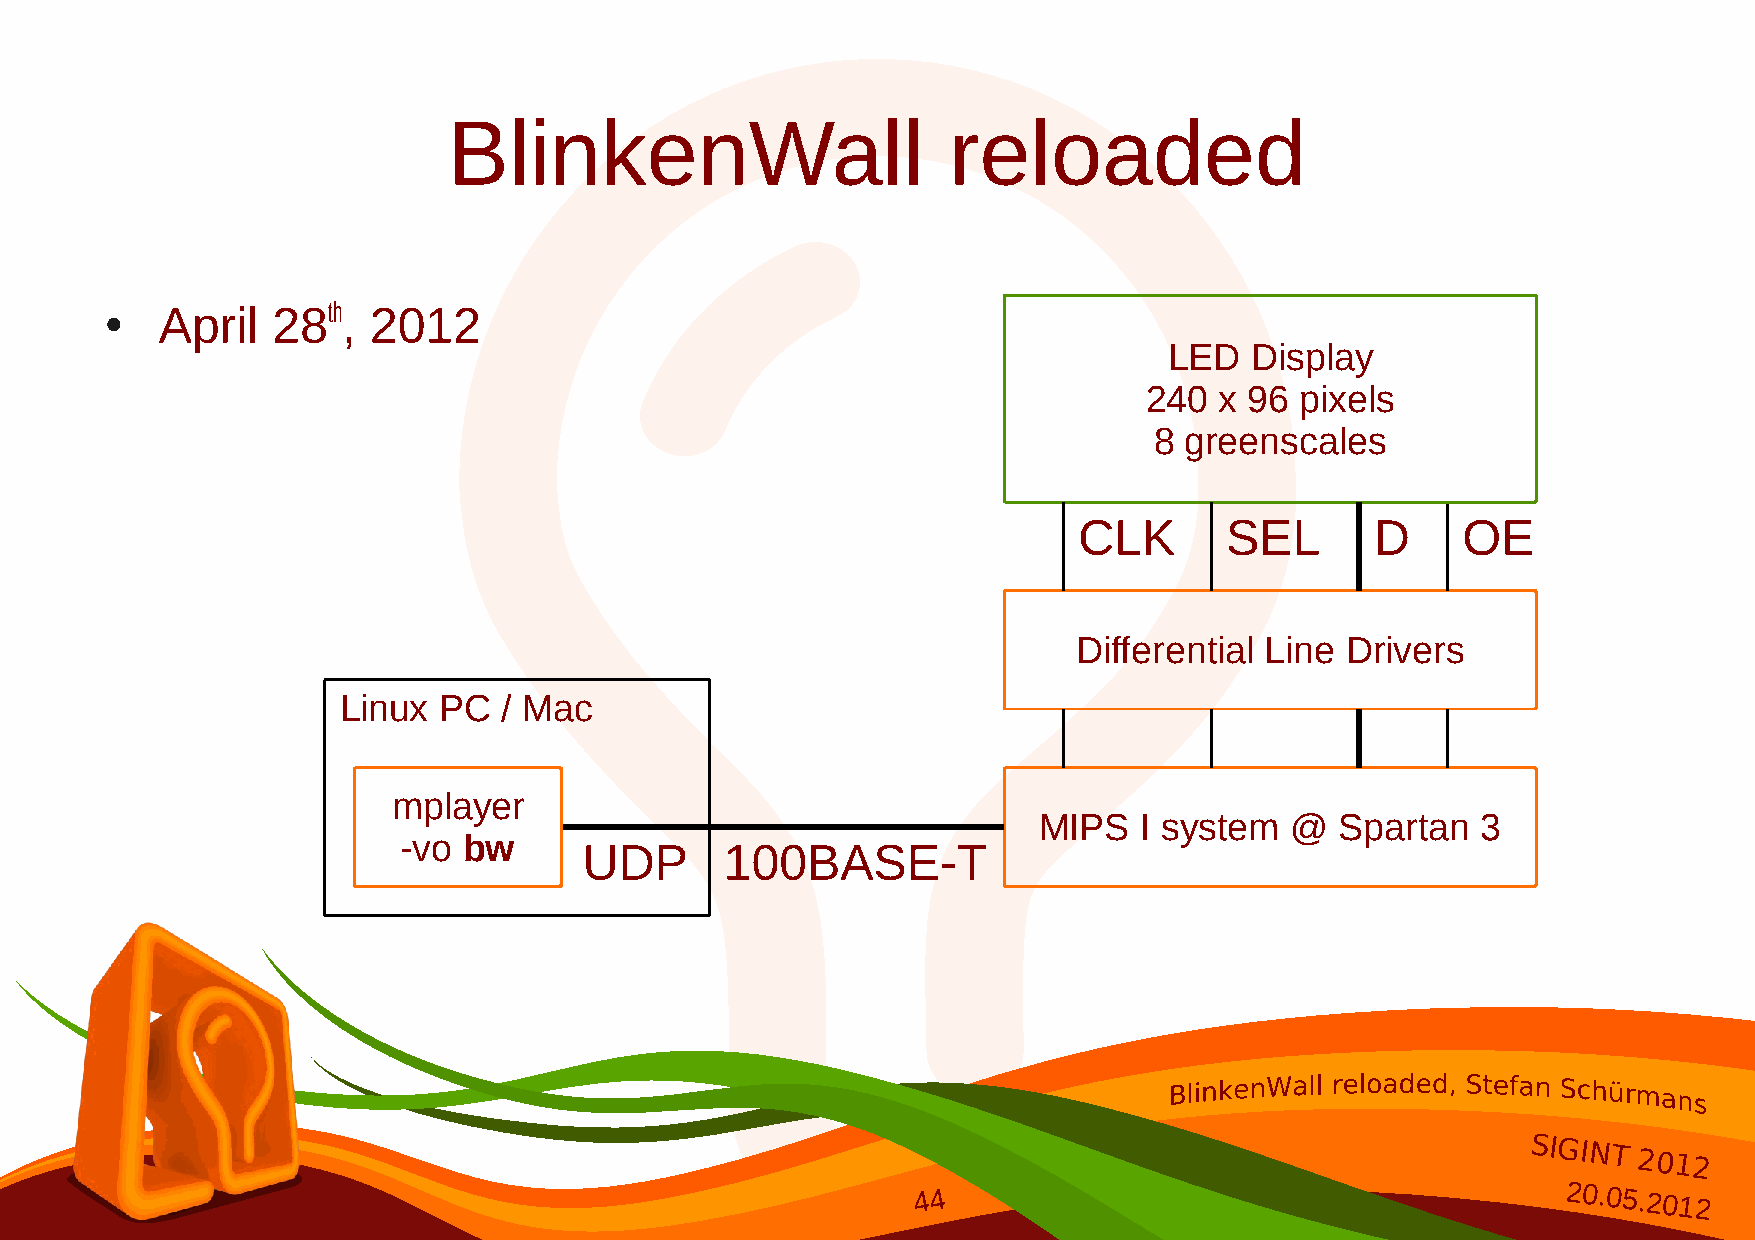
BlinkenWall                      reloaded
 April   28th, 2012
 ●
 LED   Display
 240  x 96 pixels
 8 greenscales
 CLK       SEL       D     OE
 Differential Line Drivers
 Linux  PC  / Mac
 mplayer
 MIPS  I system  @   Spartan  3
 -vo  bw
 UDP      100BASE-T
 SIGINT
 2012
 44                                        20.05.2012